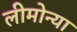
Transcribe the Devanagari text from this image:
लीमोन्या